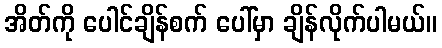
အိတ်ကို ပေါင်ချိန်စက် ပေါ်မှာ ချိန်လိုက်ပါမယ်။